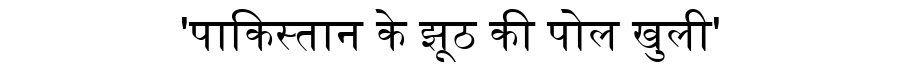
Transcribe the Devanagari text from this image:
'पाकिस्तान के झूठ की पोल खुली'